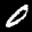
Label: 0